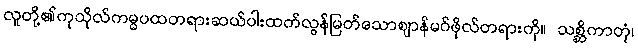
လူတို့၏ကုသိုလ်ကမ္မပထတရားဆယ်ပါးထက်လွန်မြတ်သောဈာန်မဂ်ဖိုလ်တရားကို။ သစ္ဆိကာတုံ၊